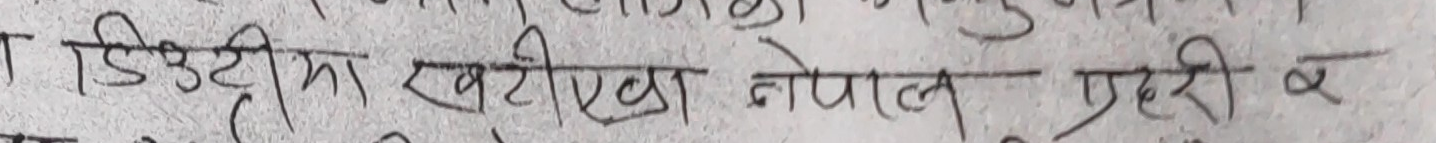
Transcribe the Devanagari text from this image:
डिउटीमा खटीएका नेपाल प्रहरी र